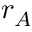
r _ { A }